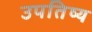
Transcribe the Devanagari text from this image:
उपतिष्य